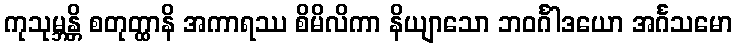
ကုသုမ္ဘန္တိ စတုတ္ထာနိ အကာရဿ စိမိလိကာ နိယျာသော ဘဝင်္ဂါဒယော အင်္ဂသမော